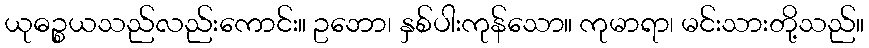
ယုဓဉ္စယသည်လည်းကောင်း။ ဥဘော၊ နှစ်ပါးကုန်သော။ ကုမာရာ၊ မင်းသားတို့သည်။